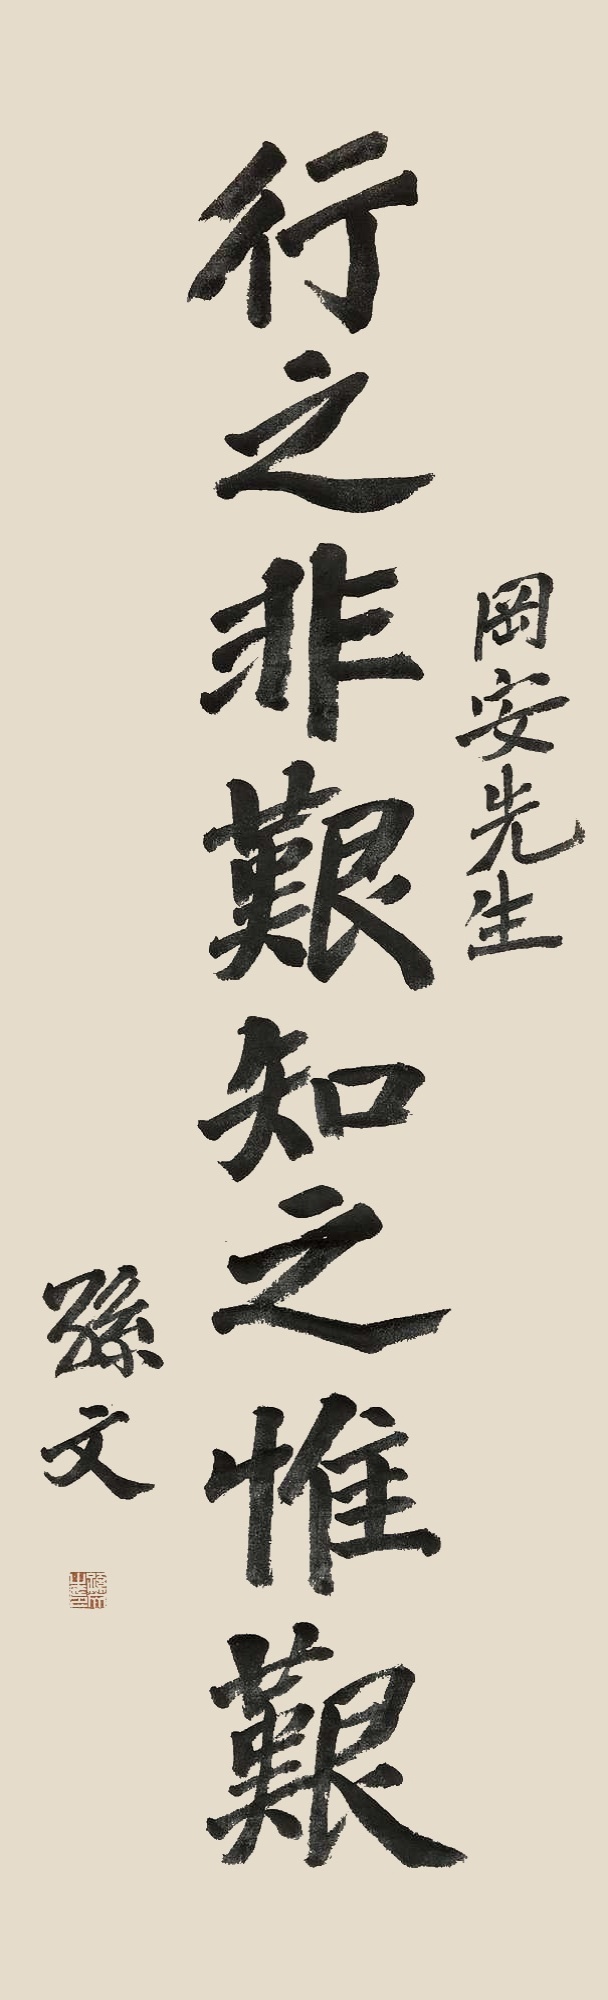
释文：行之非艰，知之惟艰，冈安先生孙文。